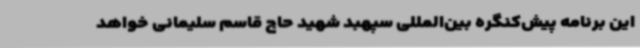
این برنامه پیش‌کنگره بین‌المللی سپهبد شهید حاج قاسم سلیمانی خواهد